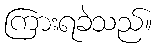
ကြားရခဲသည်။